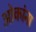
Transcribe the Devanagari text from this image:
ओकांना